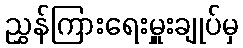
ညွှန်ကြားရေးမှူးချုပ်မှ